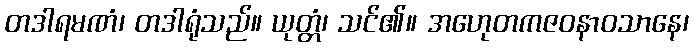
တဒါရမဏံ၊ တဒါရုံသည်။ ယုတ္တံ၊ သင်၏။ အဟေုတကဇဝနာဝသာနေ၊